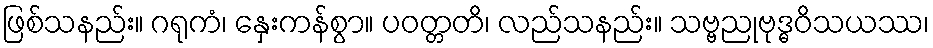
ဖြစ်သနည်း။ ဂရုကံ၊ နှေးကန်စွာ။ ပဝတ္တတိ၊ လည်သနည်း။ သဗ္ဗညုဗုဒ္ဓဝိသယဿ၊